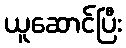
ယူဆောင်ပြီး